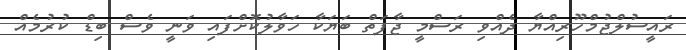
ރައީސުލްޖުމްހޫރިއްޔާ ދެއްވި ރަސްމީ ޖާފަތް ބަޔަކާ ހަވާލުކޮށްފައި ވަނީ ވެސް ބިޑް ކުރުމެއް